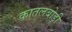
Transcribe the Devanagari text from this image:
कातलबोड़ी